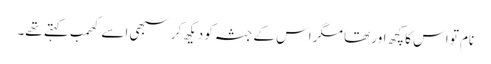
نام تو اس کا کچھ اور تھا مگر اس کے جثہ کو دیکھ کر سبھی اسے کھمب کہتے تھے۔